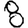
Digit: 8